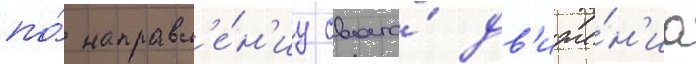
по́ направл'е́н'иу своего́ дв'иже́н'иа